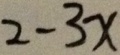
2 - 3 x